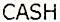
CASH